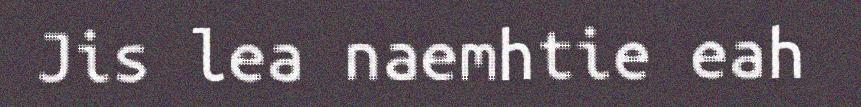
Jis lea naemhtie eah